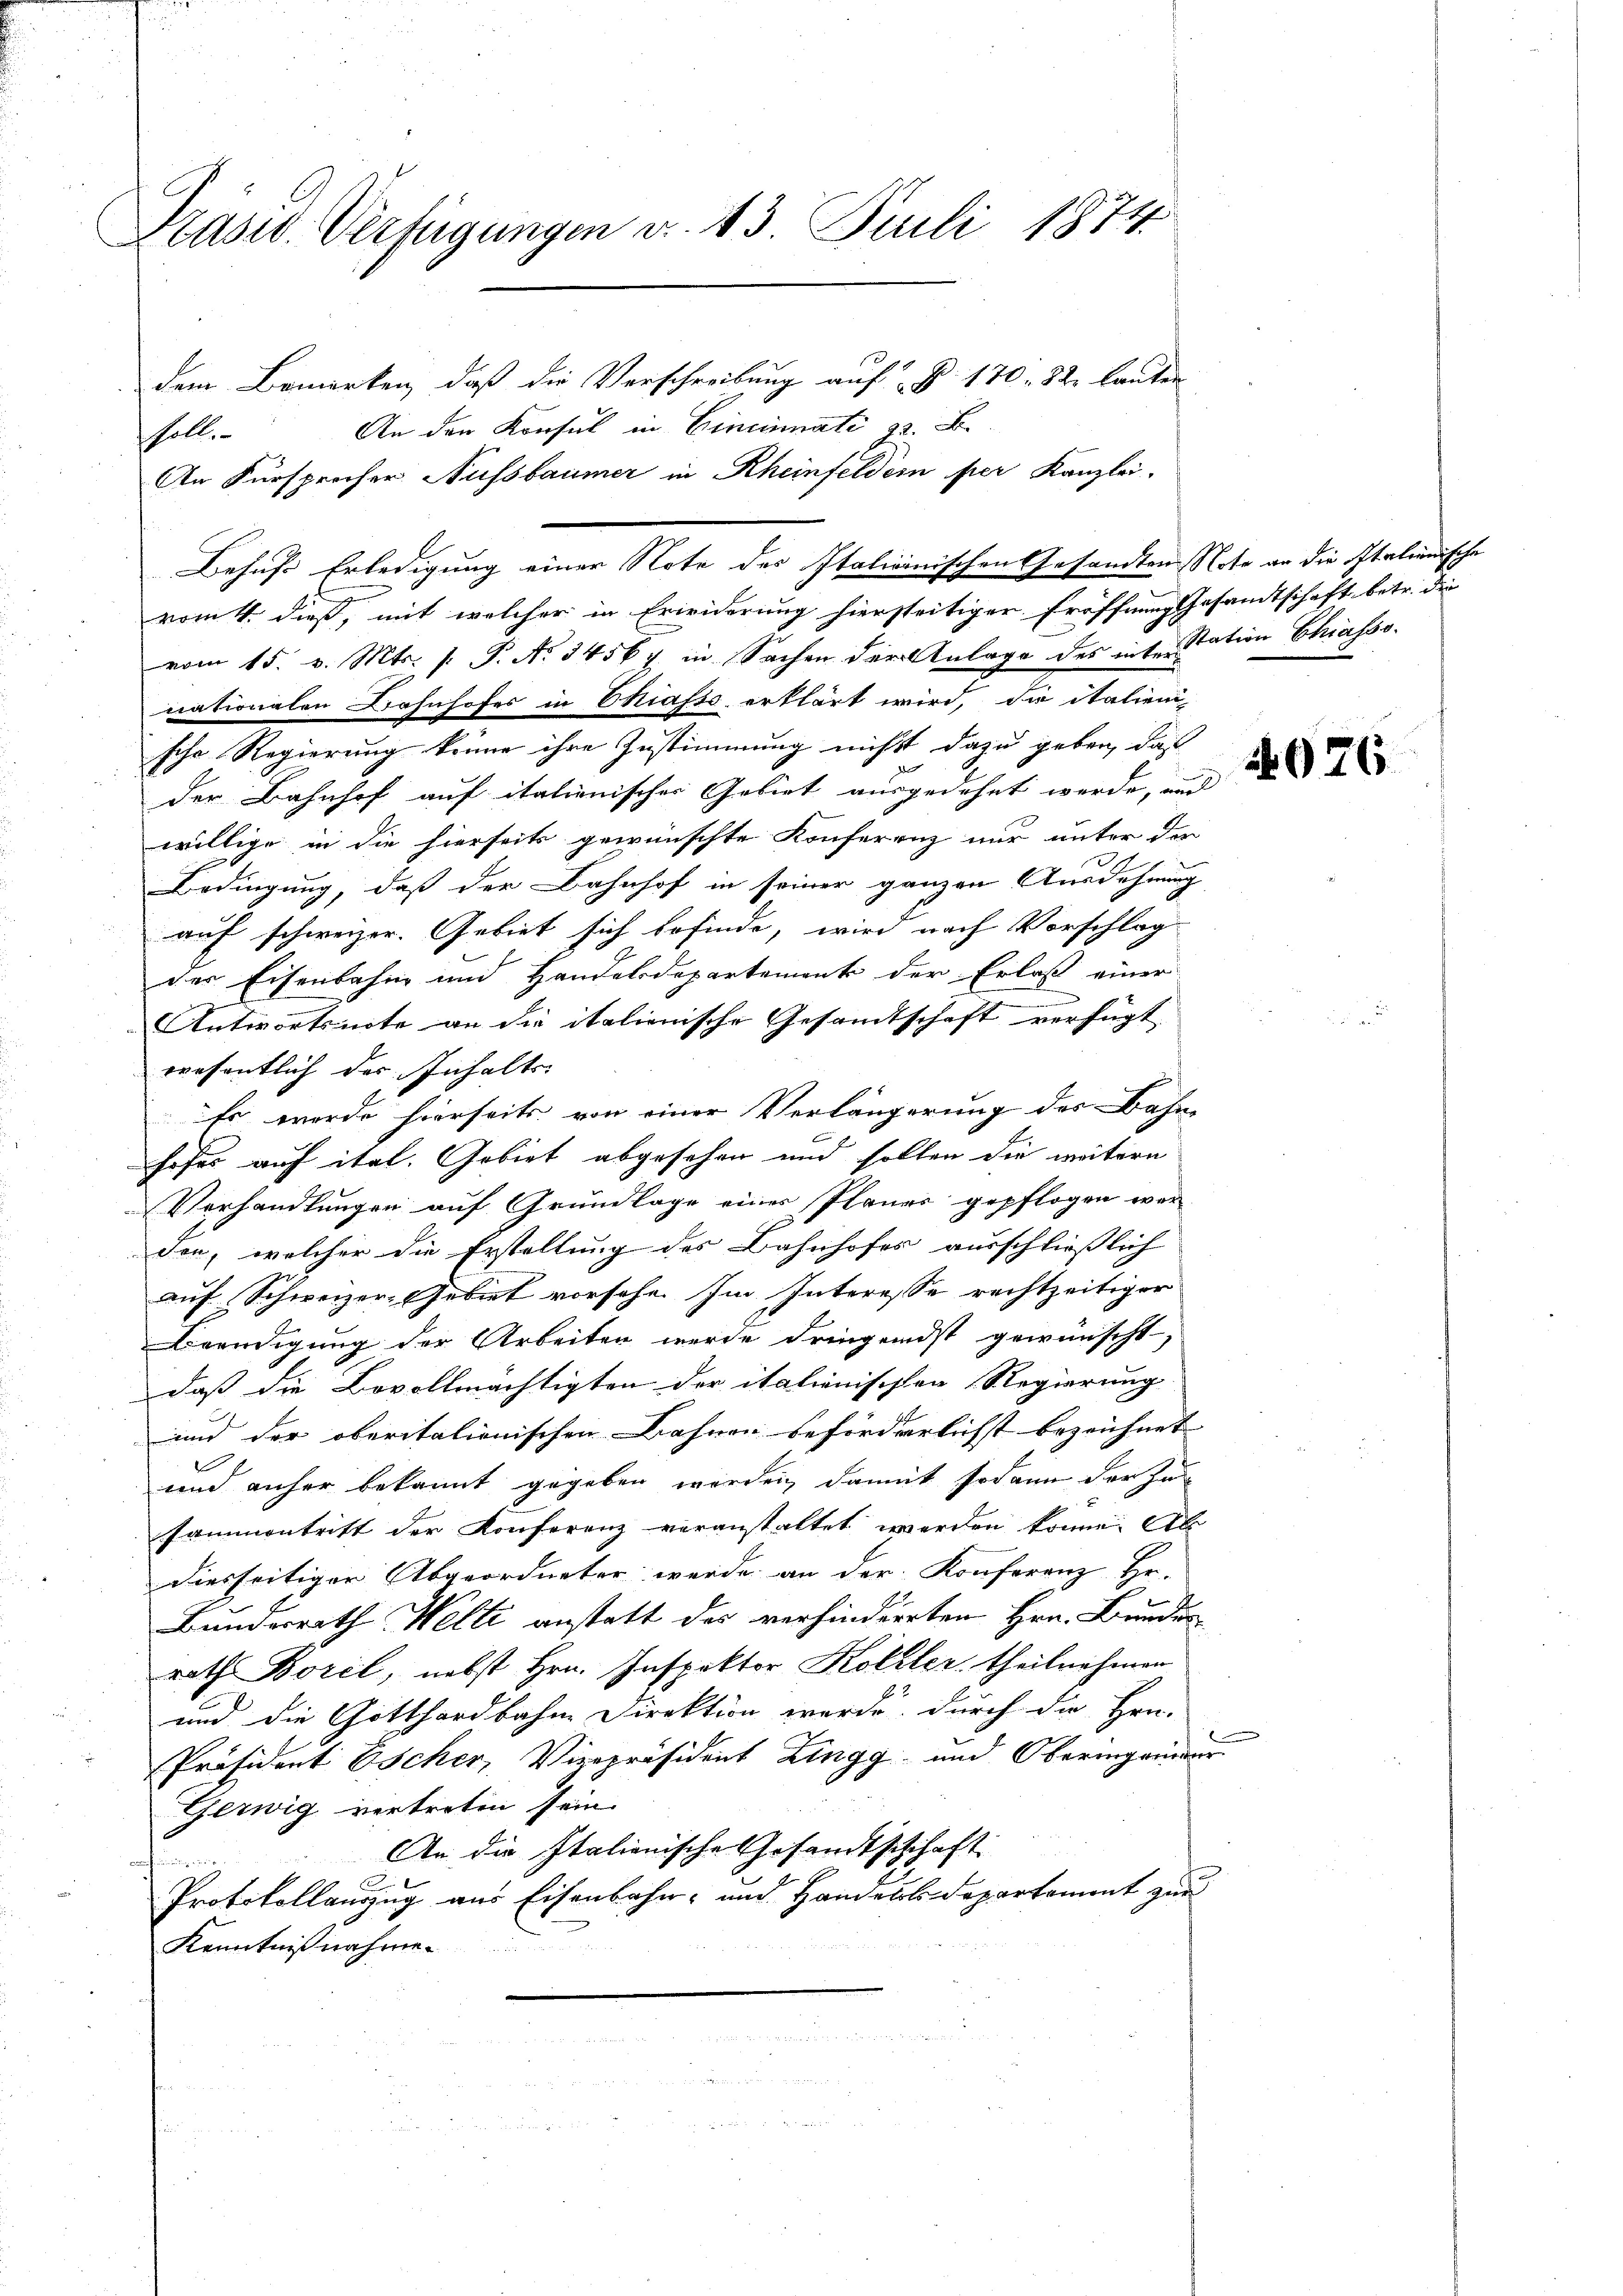
E
Prasw. Verfügungen v. 13 Juli 1874
dem Bemerken, daß die Verschreibung auf § 170 - 12 lauten

An den Konsul in Hineinnati z. B.
sholte
vom 4. dieß, mit welcher in Erwiderung hierseitiger Eröffnung Gesandtschaft betr. die
vom 15. v. Mts. p. P. No 34567. in Sachen der Anlage des inter Station Chiassonationalen Wohnhofes in Chiasso erklärt wird, die italienische Regierung könne ihre Zustimmung nichts dazu geben, daß
der Bahnhof auf italienischer Gebirt ausgedehnt werde, an d
willige in die hierseits gewünschte Konferenz nur unter der
Bedingung, daß der Bahnhof in seiner ganzen Ausdehnung
auf schweizer. Gebiet sich befinde, wird nach Vorschlag
des Eisenbahn und Handelsdepartemente der Erlaß einer
Antwortsnote an die italienische Gesamtschaft verfügt
wesentlich der Inhalte
Es werde hierseits von einer Verlängerung der Bahn-
hofes auf ital. Gebiet abgesehen und sollen die weitern
Verhandlungen auf Grundlage eines Planer gepflogen wer
don, welcher die Erstellung des Bahnhofes ausschließlich
auf Schweizer-Gebiet vorsehe. Im Interesse rechtzeitiger
Beendigung der Arbeiten wurde dringendst gewünscht,
daß die Bevollmächtigten der italienischen Regierung
und der oberitationischen Bahnen beförderlichst bezeichnet |
und anher bekannt gegeben werden, damit sodann der Zusammentrift der Konferenz veranstaltet werden könne. Ab
Diesseitiger Abgeordneter werde an der Konferenz Hr.
Bunderrath Welti anstatt des verhinderrten Hrn. Bunden
rath Borel, nebst Hrn. Inspektor Koller, theilnehmen
und die Gotthardbahne Direktion wurde durch die Hrn.
Präsident Escher, Vizepräsident Zingg und Oberingenieur
Geswig vertreten sein.
An die Italienische Gesandtschchaft
n
2
Protokollauszug aus Eisenbahn- und Handels-Departement zur
Kenntnißnahme.

An Fürsprecher Aussbaumer in Rheinfeldern per Kanzlei-
Behufs Erledigung einer Note des Italicinischen Gesandten Note an die Italienische